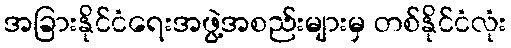
အခြားနိုင်ငံရေးအဖွဲ့အစည်းများမှ တစ်နိုင်ငံလုံး